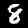
Digit: 8